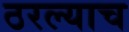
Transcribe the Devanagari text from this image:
ठरल्याच